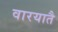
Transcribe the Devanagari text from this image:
वारयातै